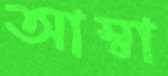
আম্বা